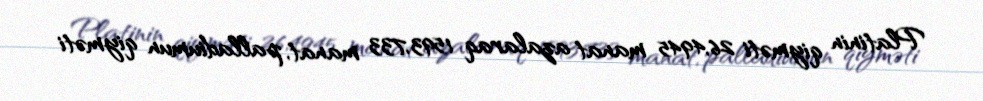
Platinin qiyməti 26,4945 manat azalaraq 1593,733 manat, palladiumun qiyməti